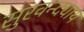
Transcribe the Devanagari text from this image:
सुरवन्द्याय